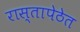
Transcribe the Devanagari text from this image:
रास्तापेठेत